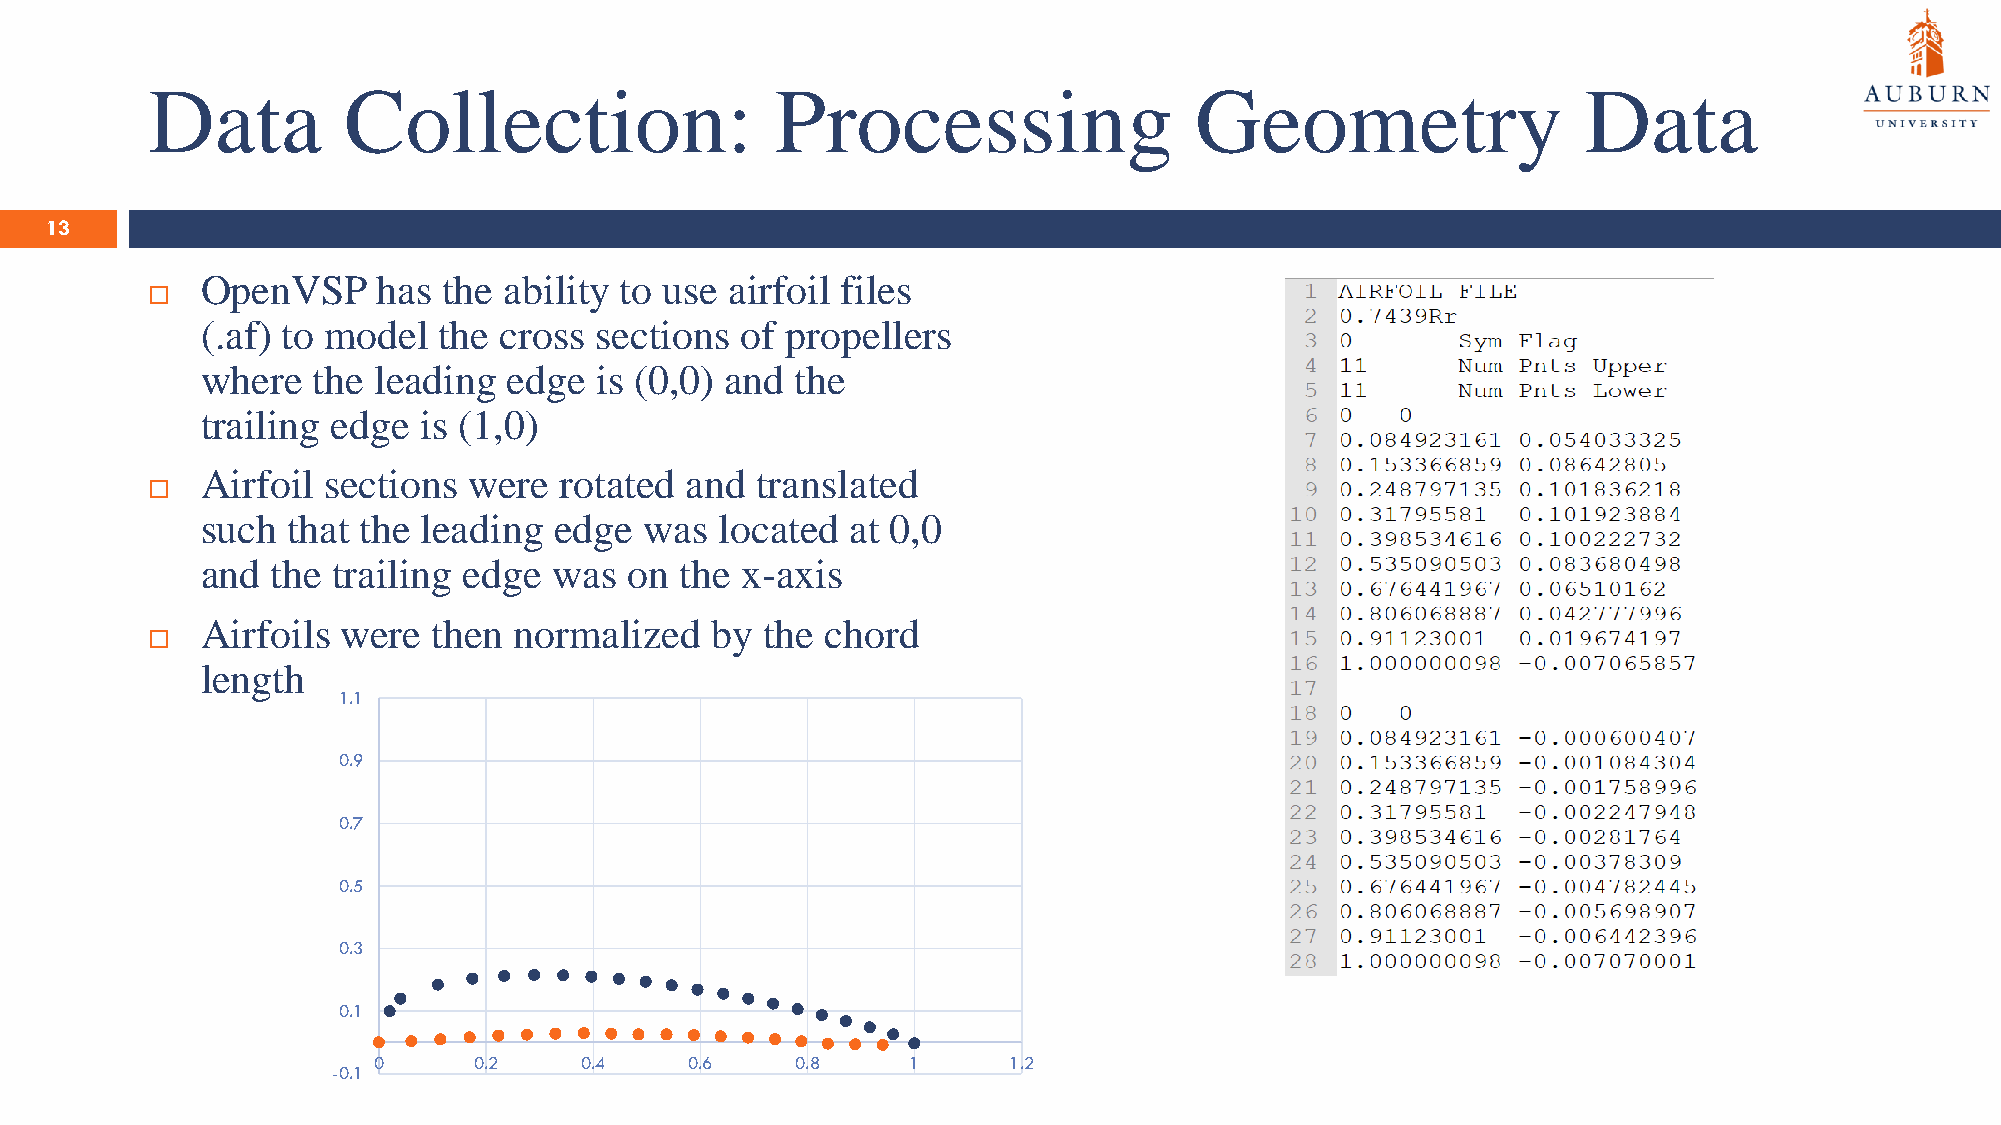
Data         Collection:                 Processing                  Geometry                  Data
 13
 OpenVSP     has the ability to use airfoil files
 
 (.af) to model  the cross sections  of propellers
 where   the leading  edge is (0,0) and  the
 trailing edge  is (1,0)
 Airfoil sections  were  rotated and  translated
 
 such  that the leading  edge  was  located at 0,0
 and  the trailing edge  was  on the x-axis
 Airfoils  were  then normalized   by  the chord
 
 length
 1.1
 0.9
 0.7
 0.5
 0.3
 0.1
 0     0.2    0.4     0.6    0.8    1      1.2
 -0.1